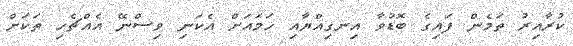
ކުރާއިރު ތަމެން ފައިގެ ބޮޑުވާ އިނގިއްޔާއި ހަމައަށް އެކަނި ވިސްނޭ އެއްޗެހި ތަކަށް